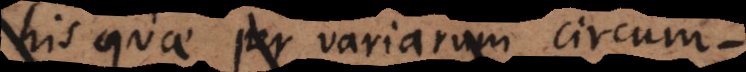
his quae per variarum circum